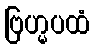
ဗြဟ္မပထံ